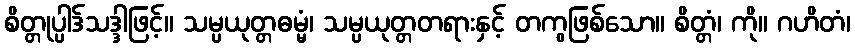
စိတ္တုပ္ပါဒ်သဒ္ဒါဖြင့်။ သမ္ပယုတ္တဓမ္မံ၊ သမ္ပယုတ္တတရားနှင့် တကွဖြစ်သော။ စိတ္တံ၊ ကို။ ဂဟိတံ၊